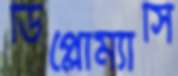
ডিপ্লোম্যাসি